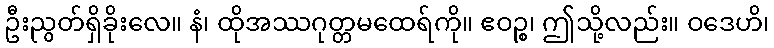
ဦးညွတ်ရှိခိုးလေ။ နံ၊ ထိုအဿဂုတ္တမထေရ်ကို။ ဧဝဉ္စ၊ ဤသို့လည်း။ ဝဒေဟိ၊